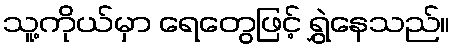
သူ့ကိုယ်မှာ ရေတွေဖြင့် ရွှဲနေသည်။